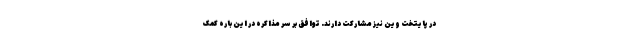
در پایتخت وین نیز مشارکت دارند. توافق بر سر مذاکره در این باره کمک